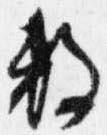
数